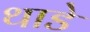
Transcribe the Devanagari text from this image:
थाडे